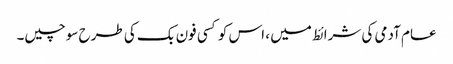
عام آدمی کی شرائط میں ، اس کو کسی فون بک کی طرح سوچیں۔